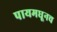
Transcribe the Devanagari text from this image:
पायमधूनच